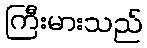
ကြီးမားသည်